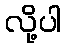
လို့ပါ